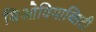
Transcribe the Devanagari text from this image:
बिओवियाब्लिटी